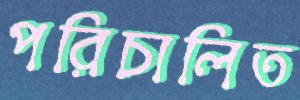
পরিচালিত